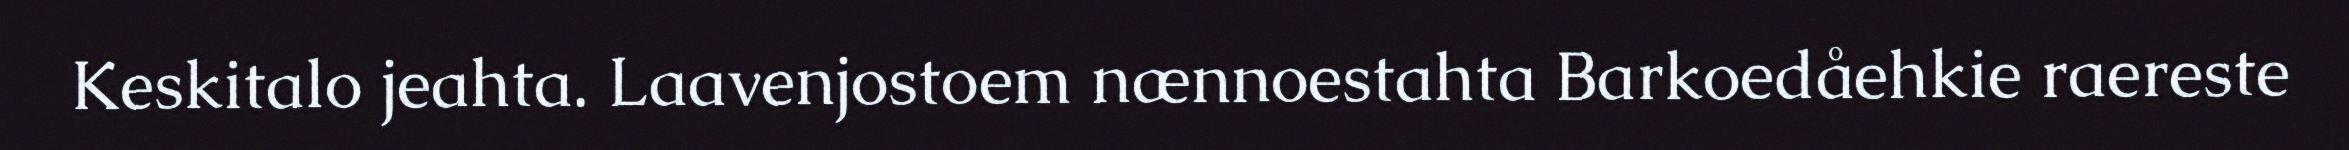
Keskitalo jeahta. Laavenjostoem nænnoestahta Barkoedåehkie raereste